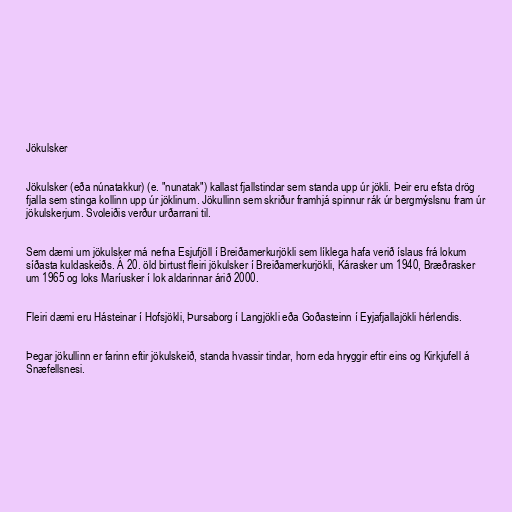
Jökulsker

Jökulsker (eða núnatakkur) (e. "nunatak") kallast fjallstindar sem standa upp úr jökli. Þeir eru efsta drög
fjalla sem stinga kollinn upp úr jöklinum. Jökullinn sem skriður framhjá spinnur rák úr bergmýslsnu fram úr
jökulskerjum. Svoleiðis verður urðarrani til.

Sem dæmi um jökulsker má nefna Esjufjöll í Breiðamerkurjökli sem líklega hafa verið íslaus frá lokum
síðasta kuldaskeiðs. Á 20. öld birtust fleiri jökulsker í Breiðamerkurjökli, Kárasker um 1940, Bræðrasker
um 1965 og loks Maríusker í lok aldarinnar árið 2000.

Fleiri dæmi eru Hásteinar í Hofsjökli, Þursaborg í Langjökli eða Goðasteinn í Eyjafjallajökli hérlendis.

Þegar jökullinn er farinn eftir jökulskeið, standa hvassir tindar, horn eda hryggir eftir eins og Kirkjufell á
Snæfellsnesi.